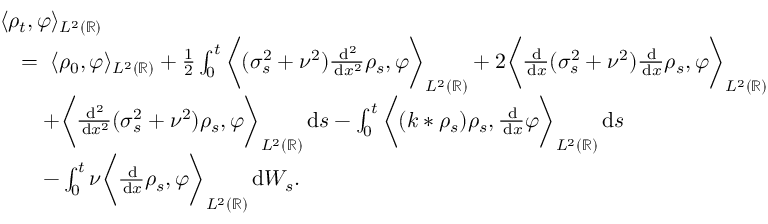
\begin{array} { r l } & { \langle \rho _ { t } , \varphi \rangle _ { L ^ { 2 } ( \mathbb { R } ) } } \\ & { \quad = \; \langle \rho _ { 0 } , \varphi \rangle _ { L ^ { 2 } ( \mathbb { R } ) } + \frac { 1 } { 2 } \int _ { 0 } ^ { t } \bigg \langle ( \sigma _ { s } ^ { 2 } + \nu ^ { 2 } ) \frac { \, \mathrm { d } ^ { 2 } } { \, \mathrm { d } x ^ { 2 } } \rho _ { s } , \varphi \bigg \rangle _ { L ^ { 2 } ( \mathbb { R } ) } + 2 \bigg \langle \frac { \, \mathrm { d } } { \, \mathrm { d } x } ( \sigma _ { s } ^ { 2 } + \nu ^ { 2 } ) \frac { \, \mathrm { d } } { \, \mathrm { d } x } \rho _ { s } , \varphi \bigg \rangle _ { L ^ { 2 } ( \mathbb { R } ) } } \\ & { \quad \quad + \bigg \langle \frac { \, \mathrm { d } ^ { 2 } } { \, \mathrm { d } x ^ { 2 } } ( \sigma _ { s } ^ { 2 } + \nu ^ { 2 } ) \rho _ { s } , \varphi \bigg \rangle _ { L ^ { 2 } ( \mathbb { R } ) } \, \mathrm { d } s - \int _ { 0 } ^ { t } \bigg \langle ( k * \rho _ { s } ) \rho _ { s } , \frac { \, \mathrm { d } } { \, \mathrm { d } x } \varphi \bigg \rangle _ { L ^ { 2 } ( \mathbb { R } ) } \, \mathrm { d } s } \\ & { \quad \quad - \int _ { 0 } ^ { t } \nu \bigg \langle \frac { \, \mathrm { d } } { \, \mathrm { d } x } \rho _ { s } , \varphi \bigg \rangle _ { L ^ { 2 } ( \mathbb { R } ) } \, \mathrm { d } W _ { s } . } \end{array}